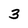
Character: 3